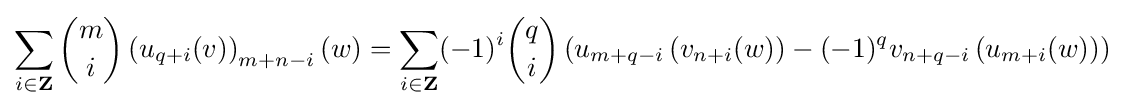
\sum _{i\in \mathbf {Z} }{\binom {m}{i}}\left(u_{q+i}(v)\right)_{m+n-i}(w)=\sum _{i\in \mathbf {Z} }(-1)^{i}{\binom {q}{i}}\left(u_{m+q-i}\left(v_{n+i}(w)\right)-(-1)^{q}v_{n+q-i}\left(u_{m+i}(w)\right)\right)